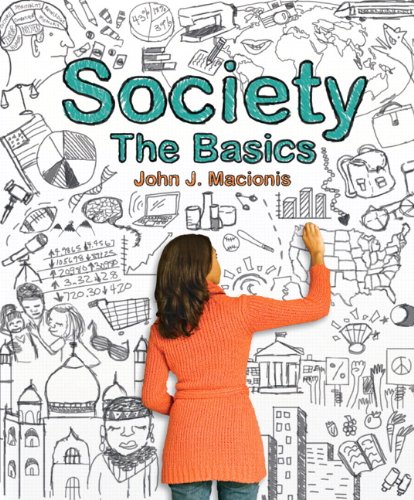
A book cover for Society: The Basics (12th Edition); John J. Macionis; Science & Math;